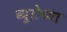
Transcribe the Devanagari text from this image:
ब्युरोच्या